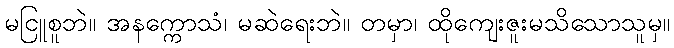
မငြူစူဘဲ။ အနက္ကောသံ၊ မဆဲရေးဘဲ။ တမှာ၊ ထိုကျေးဇူးမသိသောသူမှ။